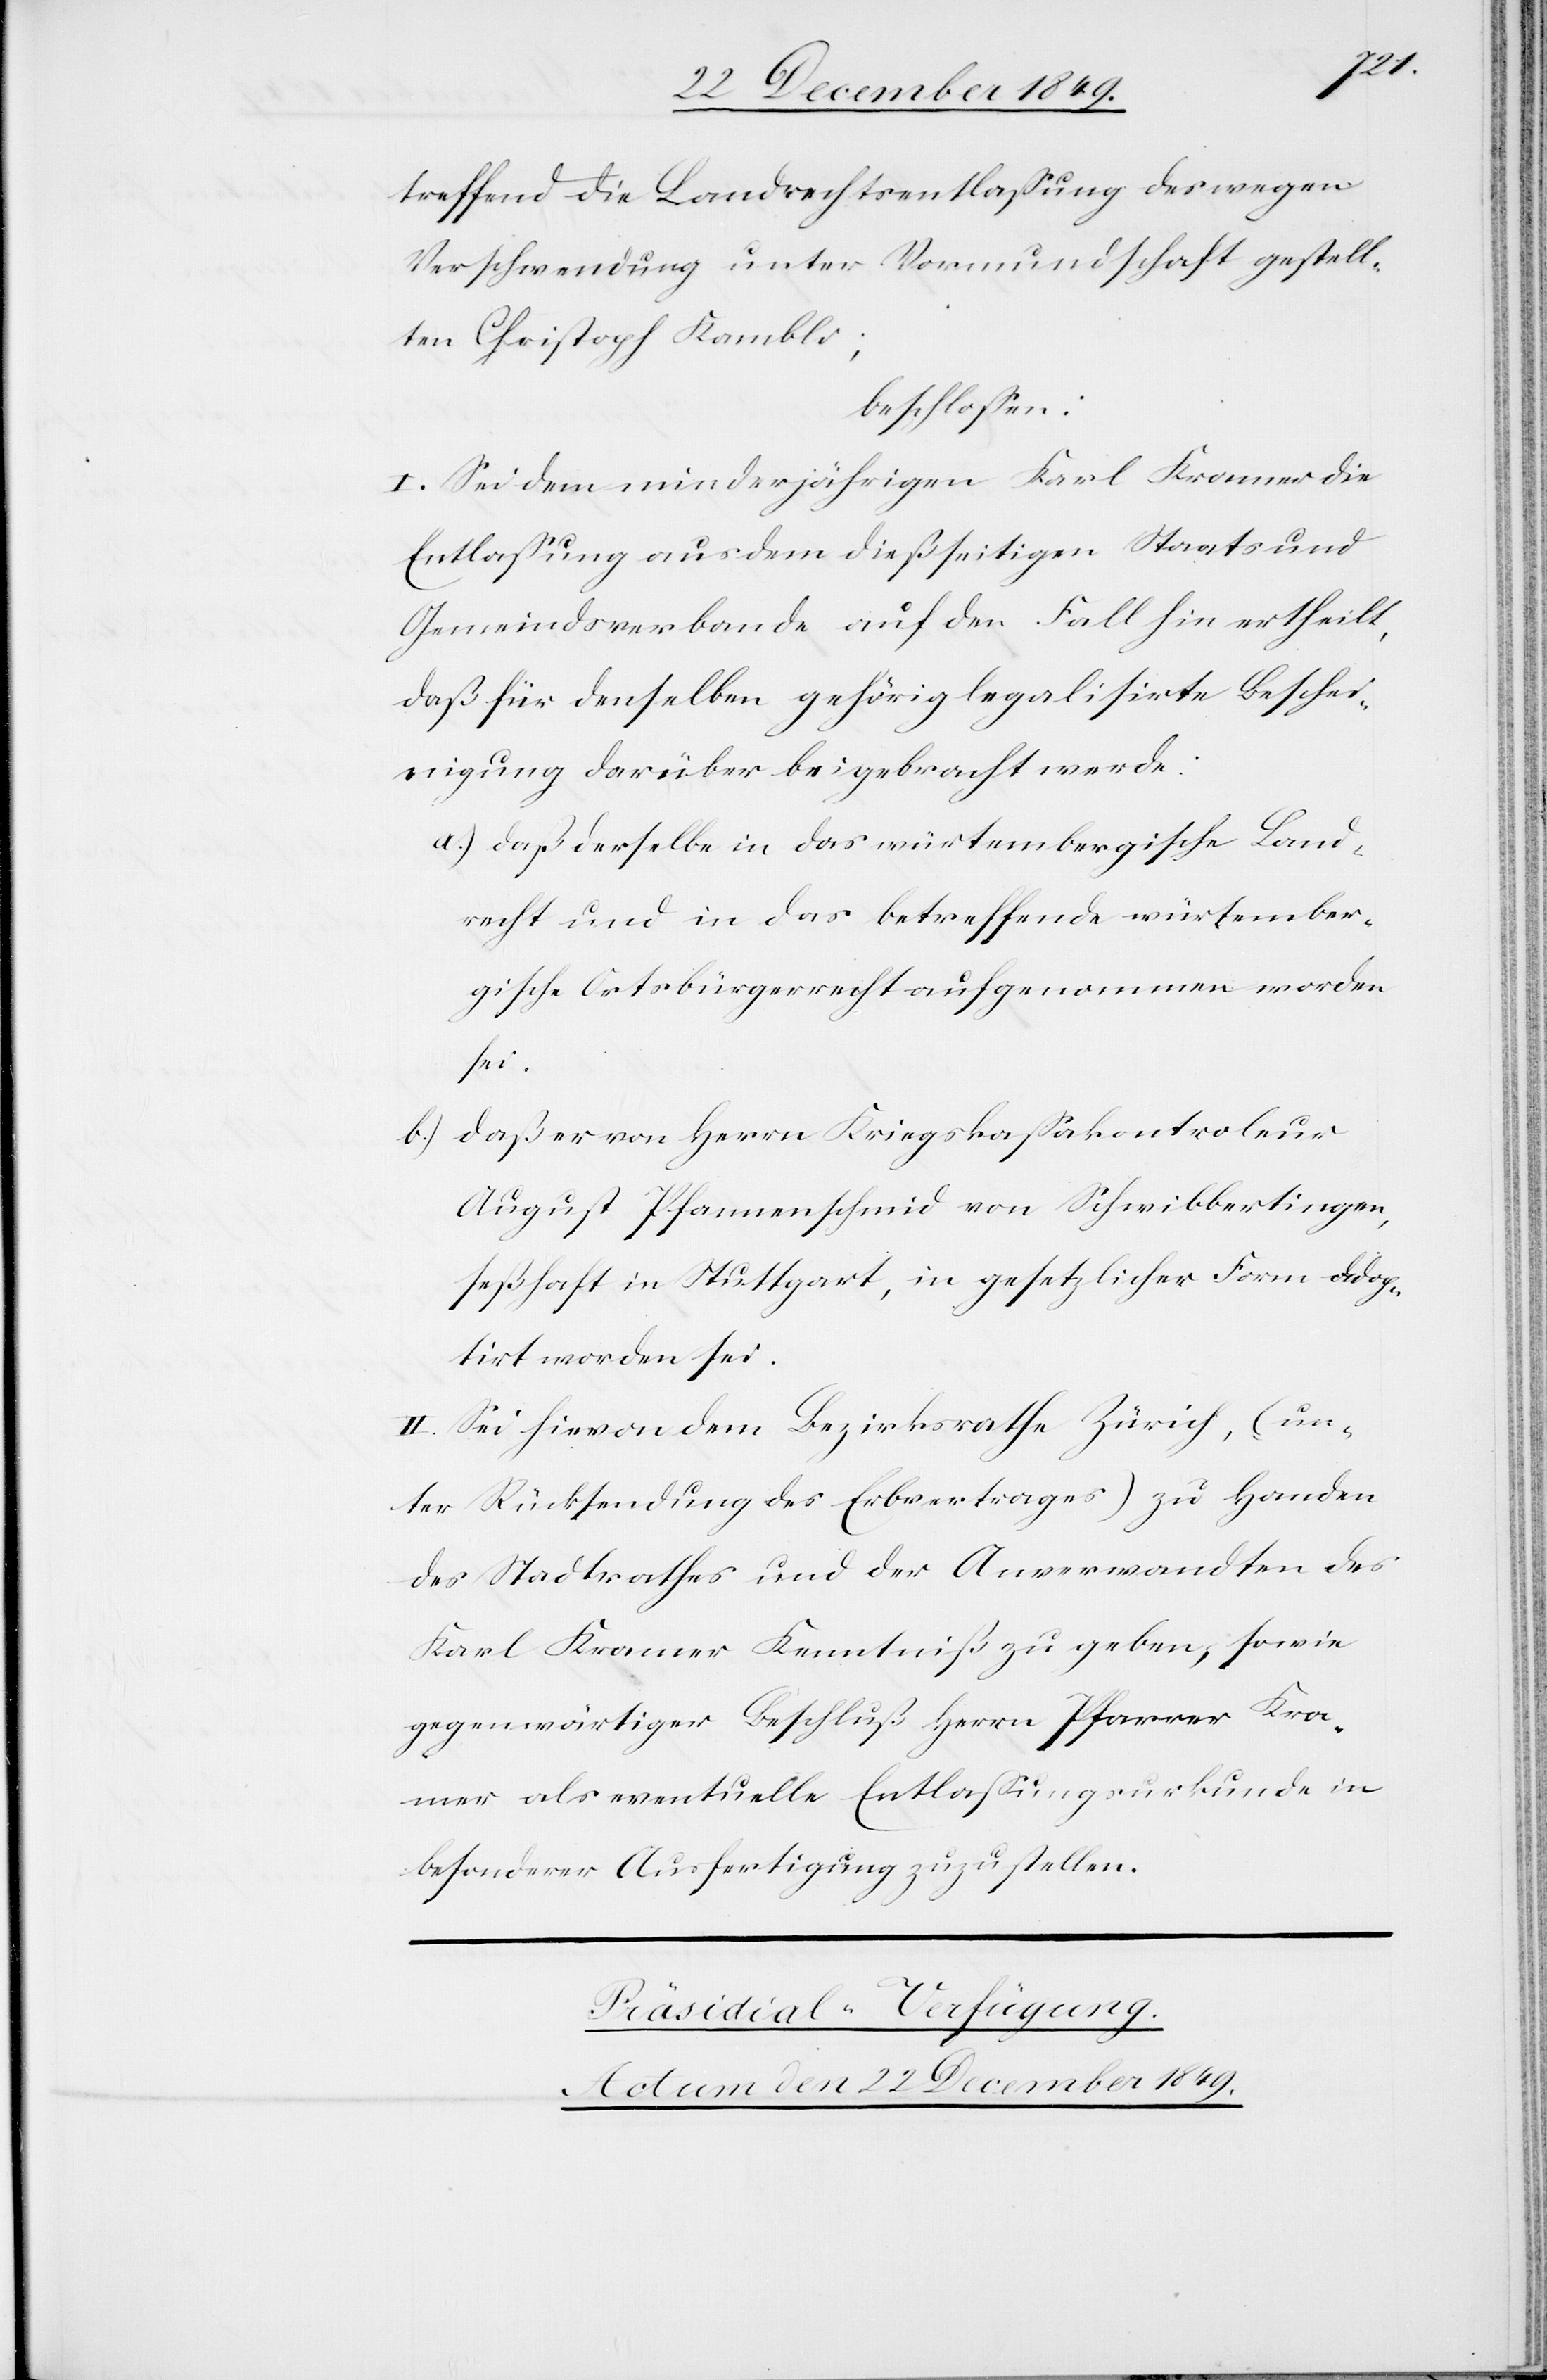
treffend die Landrechtsentlaßung der wegen
Verschwendung unter Vormundschaft gestell¬
ten Christopf Kambli;
beschloßen:
I. Sei dem minderjährigen Karl Kramer die
Entlaßung aus dem dießseitigen Staats und
Gemeindsverbande auf den Fall hin ertheilt,
daß für denselben gehörig legalisirte Beschei¬
nigung darüber beigebracht werde;
a.) daß derselbe in das würtembergische Land¬
recht und in das betreffende würtember¬
gische Ortsbürgerrecht aufgenommen worden
sei.
b.) daß er von Herrn Kriegskaßakontroleur
August Pfannenschmid von Schweibbertingen,
seßhaft in Stuttgart, in gesetzlicher Form adop¬
tirt worden sei.
II. Sei hievon dem Bezirksrathe Zürich, (un¬
ter Rücksendung des Erbvertrages) zu Handen
des Stadtrathes und der Anverwandten des
Karl Kramer Kenntniß zu geben, sowie
gegenwärtiger Beschluß Herrn Pfarrer Kra¬
mer als eventuelle Entlaßungsurkunde in
besonderer Ausfertigung zuzustellen.